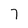
Character: 7